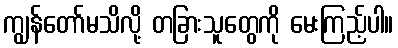
ကျွန်တော်မသိလို့ တခြားသူတွေကို မေးကြည့်ပါ။